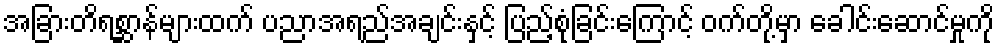
အခြားတိရစ္ဆာန်များထက် ပညာအရည်အချင်းနှင့် ပြည့်စုံခြင်းကြောင့် ဝက်တို့မှာ ခေါင်းဆောင်မှုကို